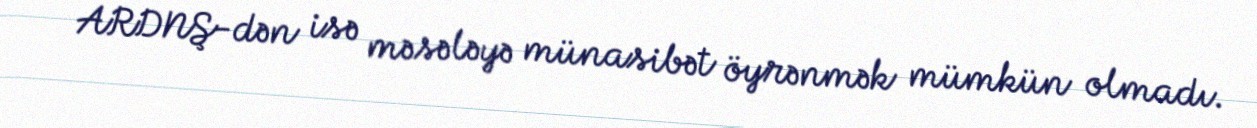
ARDNŞ-dən isə məsələyə münasibət öyrənmək mümkün olmadı.